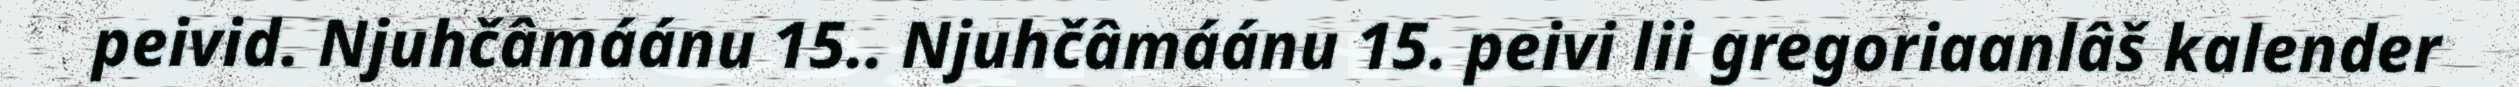
peivid. Njuhčâmáánu 15.. Njuhčâmáánu 15. peivi lii gregoriaanlâš kalender